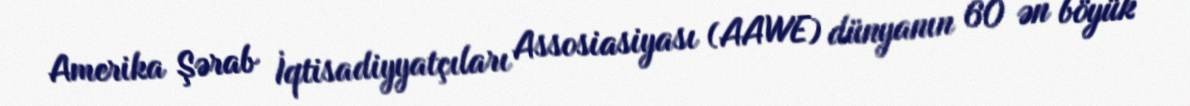
Amerika Şərab İqtisadiyyatçıları Assosiasiyası (AAWE) dünyanın 60 ən böyük